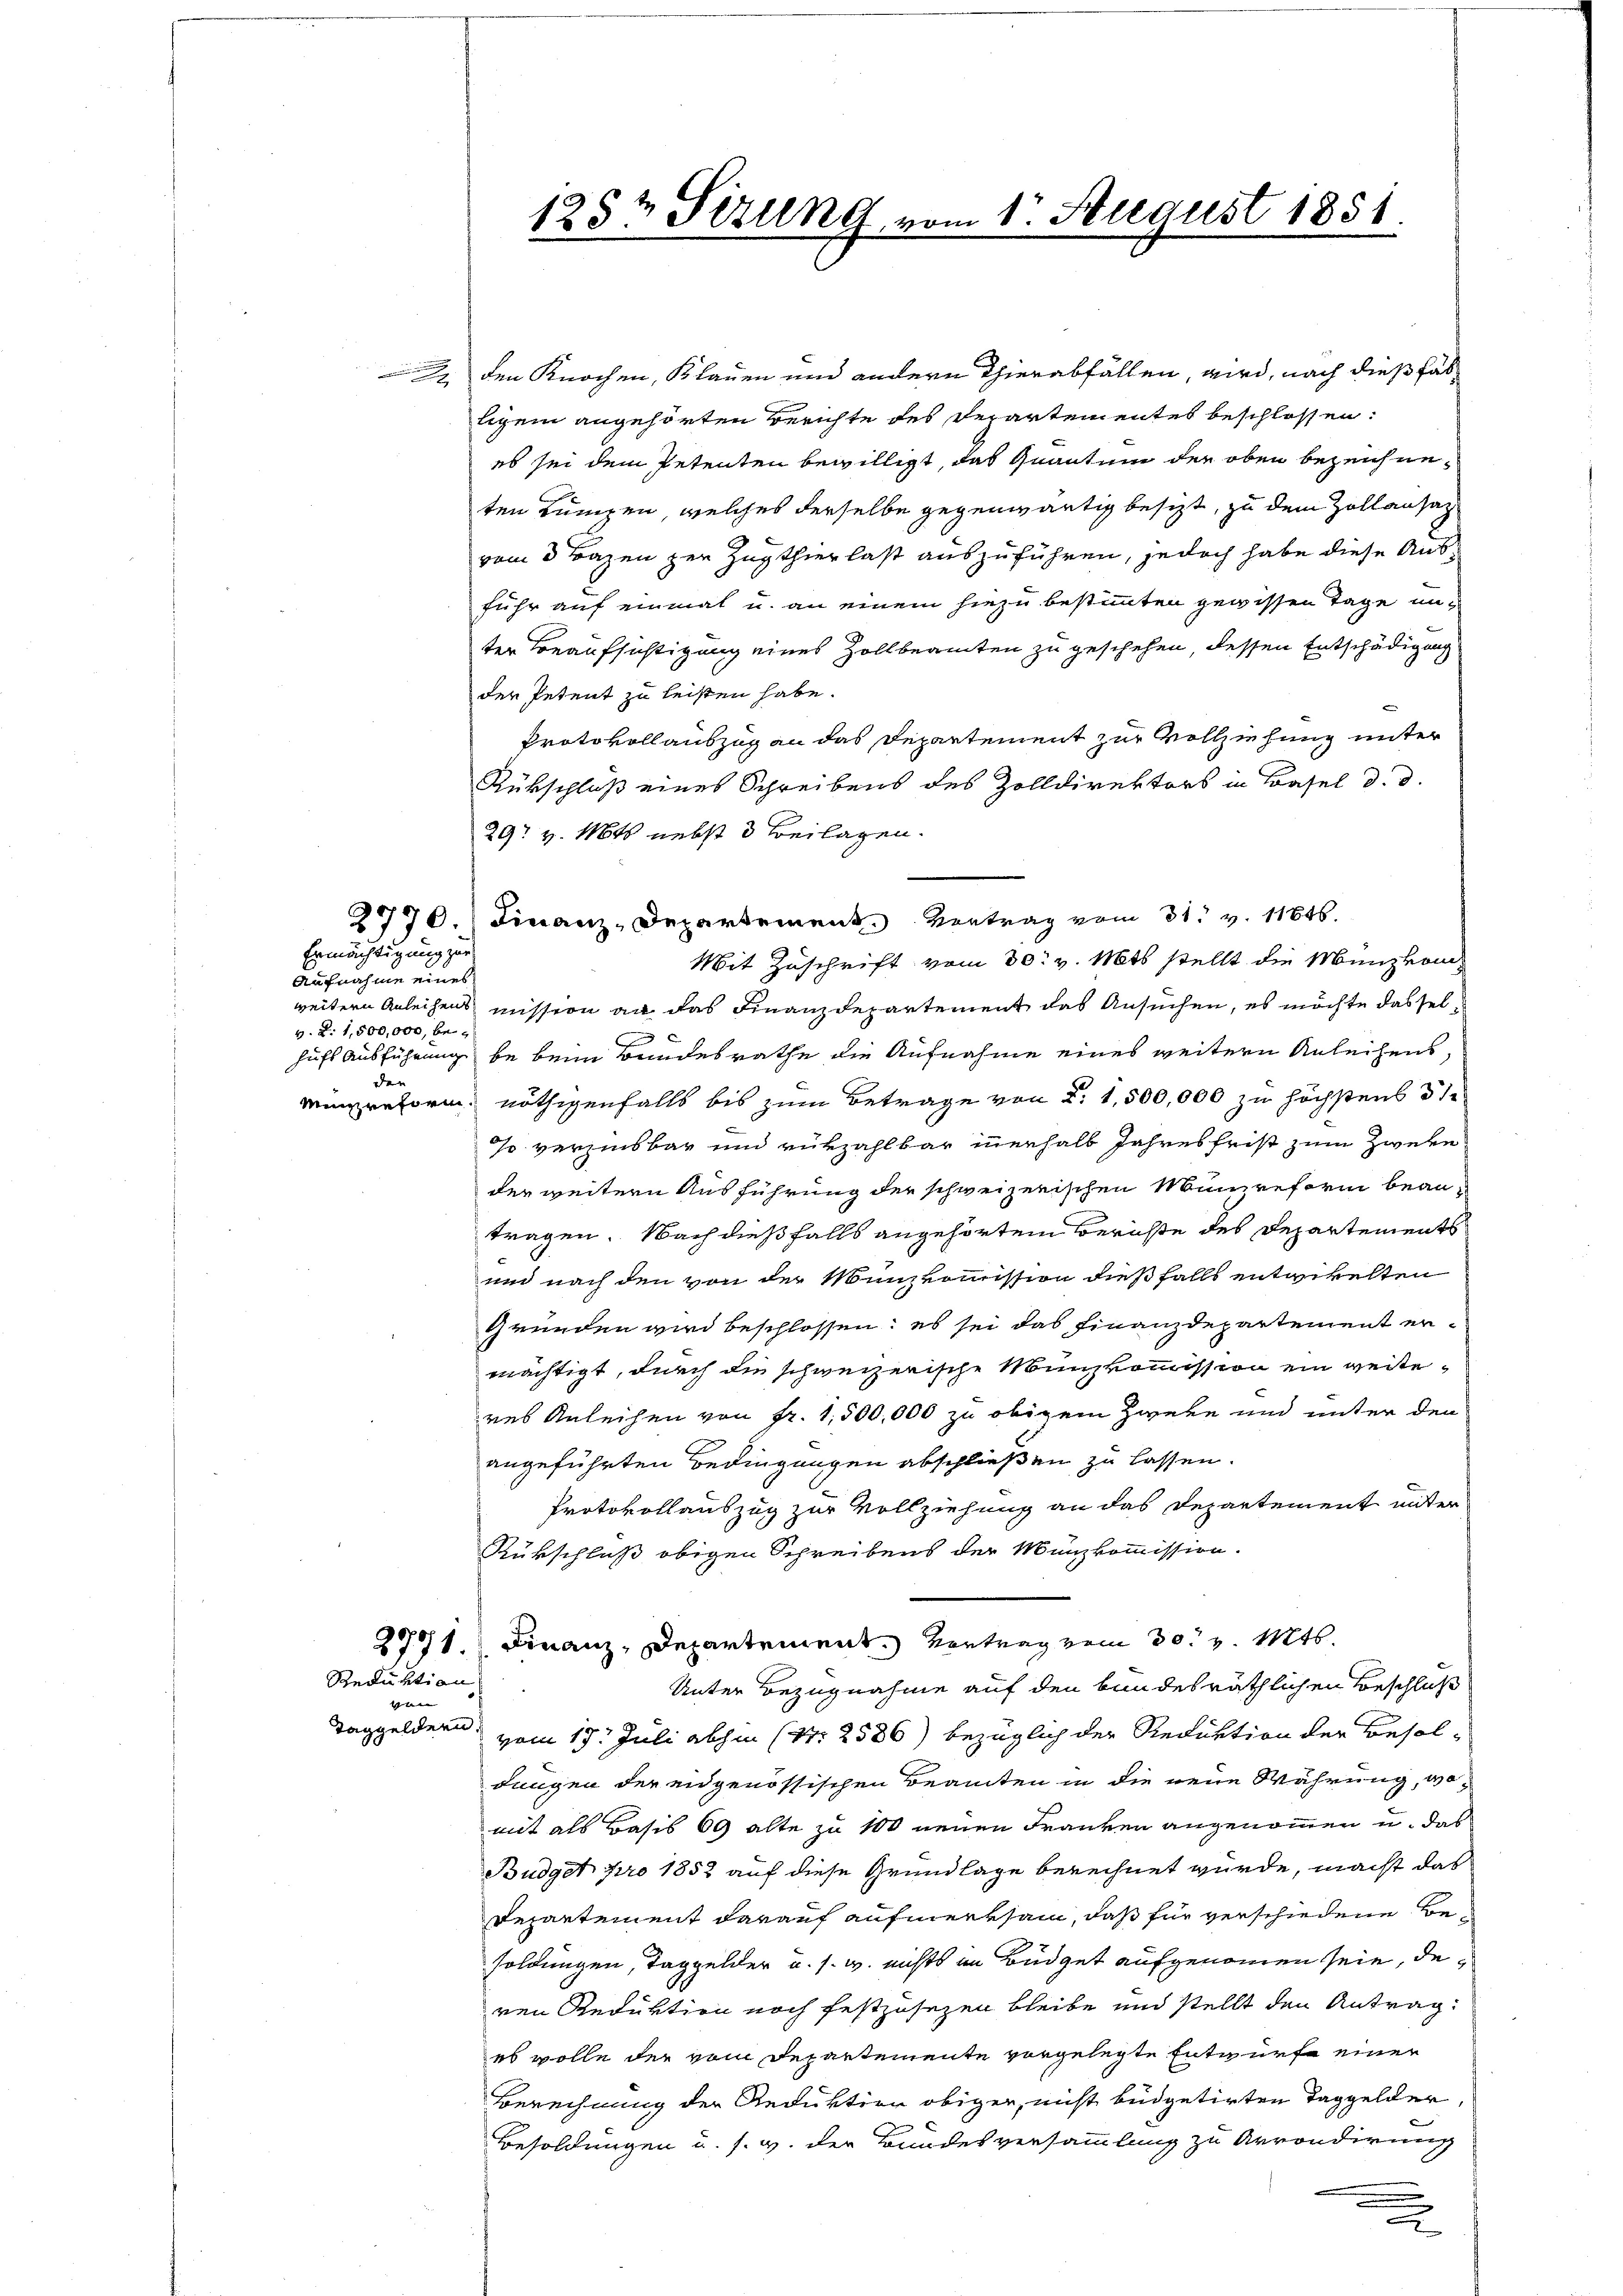
Ermächtigung zur
Aufnahme eines
v. d. 1,800,000, beder

Reduktion
wen
Taggeldern.

den Knochen, Klauen und andern Thierabfällen, wird, nach dießfalligem angehörten Berichte des Departementes beschlossen:
es sei dem Petenten bewilligt, das Quantum der oben bezeichneten Lumpen, welches derselbe gegenwärtig besizt, zu dem Zollansaz
vom 3 Fragen zur Zugthierlast auszuführen, jedoch habe diese Ausführ auf einmal u. an einem hiezu bestimmten gewissen Tage unter Beaufsichtigung eines Zollbeamten zu geschehen, dessen Entschädigung
der Petent zu leisten habe.
Protokollauszug an das Departement zur Vollziehung unter
Rükschluß eines Schreibens des Zolldirektors in Basel d. d.
29 v. Mts. nebst 3 Beilagen.
9770.) Finanz-Departement. Vertrag vom 31. v. 11646.
Mit Zuschrift vom 30. v. Mts. stellt die Münzkom
weitern Anleihens mission an das Finanzdepartement das Ansuchen, es möchte dasselhufs Ausführung be beim Bundesrathe die Aufnahme eines weitern Anleihens
Minzreform nöthigenfalls bis zum Betrage von d. 1,500,000 zu höchstens 3 1
so verzinsbar und vürzahlbar innerhalb Jahresfrist zum Zweke
der weitern Ausführung der schweizerischen Münzreform beantragen. Nach dießfalls angehörtem Berichte des Departements
und nach den von der Münzkommission dießfalls entwikelten
Gründen wird beschlossen: es sei das Finanzdepartement ermächtigt, durch die schweizerische Münzkommission ein weiteres Anleihen von Fr. 1,500,000 zu obigem Zweke und unter den
angeführten Bedingungen abschließen zu lassen.
Protokollauszug zur Vollziehung an das Departement unter
Rükschluß obigen Schreibens der Münzkommission.
2701. Finanz-Departement. Vertrag vom 30. v. Mts.
Unter Bezugnahme auf den bundesräthlichen Beschluß
vom 19. Juli abhin (Nr. 2586) bezüglich der Reduktion der Besoldungen der eidgenössischen Beamten in die neue Währung, womit als Basis 69 alte zu 100 neuen Franken angenommen u. das
Büdget pro 1853 auf diese Grundlage berechnet wurde, macht das
Departement darauf aufmerksam, daß für verschiedene Besoldungen, Taggelder u. s. w. nichts in Büdget aufgenommen sein, deren Reduktion noch festzusezen bleibe und stellt den Antrag
es wolle der vom Departemente vorgelegte Entwurfe einer
Berechnung der Reduktion obiger, nicht büdgetirten Taggelder,
Besoldungen u. s. w. der Bundesversammlung zu Arrondirung
e
x

1257 Sizung.

1. August 1851